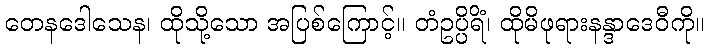
တေနဒေါသေန၊ ထိုသို့သော အပြစ်ကြောင့်။ တံဥပ္ပိရိံ၊ ထိုမိဖုရားနန္ဒာဒေဝီကို။